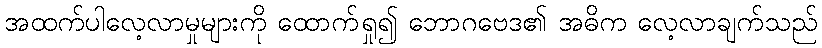
အထက်ပါလေ့လာမှုများကို ထောက်ရှု၍ ဘောဂဗေဒ၏ အဓိက လေ့လာချက်သည်